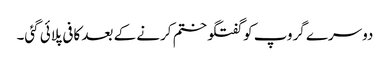
دوسرے گروپ کو گفتگو ختم کرنے کے بعد کافی پلائی گئی۔